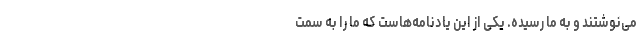
می‌نوشتند و به ما رسیده. یکی از این یادنامه‌هاست که ما را به سمت